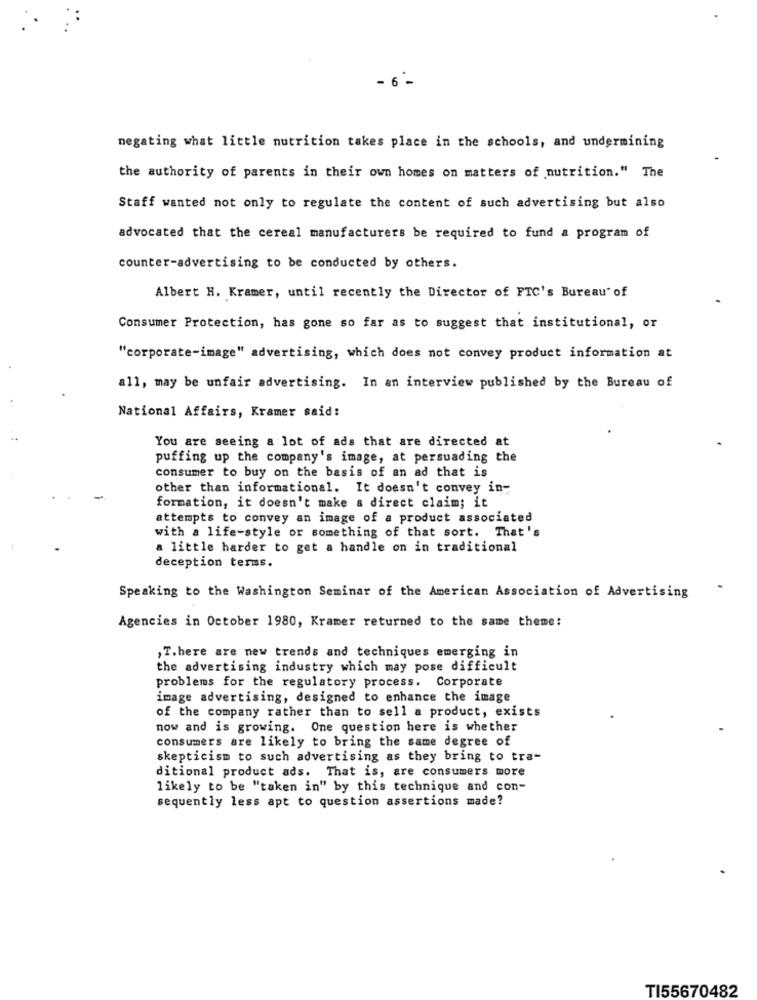
- 6 -
negating what little nutrition takes place in the schools, and undermining
the authority of parents in their own homes on matters of nutrition." The
Staff wanted not only to regulate the content of such advertising but also
advocated that the cereal manufacturers be required to fund a program of
counter-advertising to be conducted by others.
Albert H. Kramer, until recently the Director of FTC's Bureau of
Consumer Protection, has gone so far as to suggest that institutional, or
"corporate-image" advertising, which does not convey product information at
all, may be unfair advertising. In an interview published by the Bureau of
National Affairs, Kramer said:
You are seeing a lot of ads that are directed at
puffing up the company's image, at persuading the
consumer to buy on the basis of an ad that is
other than informational. It doesn't convey in-
formation, it doesn't make a direct claim; it
attempts to convey an image of a product associated
with a life-style or something of that sort. That's
a little harder to get a handle on in traditional
deception terms.
Speaking to the Washington Seminar of the American Association of Advertising
Agencies in October 1980, Kramer returned to the same theme:
,T. here are new trends and techniques emerging in
the advertising industry which may pose difficult
problems for the regulatory process. Corporate
image advertising, designed to enhance the image
of the company rather than to sell a product, exists
now and is growing. One question here is whether
consumers are likely to bring the same degree of
skepticism to such advertising as they bring to tra-
ditional product ads. That is, are consumers more
likely to be "taken in" by this technique and con-
sequently less apt to question assertions made?
TI55670482